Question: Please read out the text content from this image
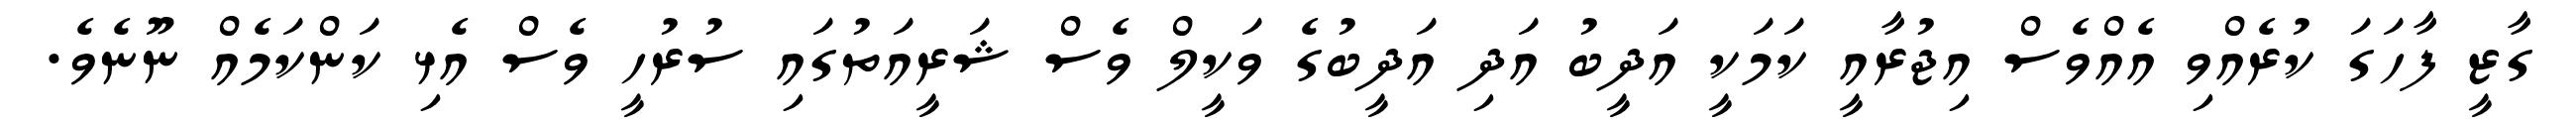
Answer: ގާޒީ ފާހަގަ ކުރެއްވި އެއްވެސް އިޖުރާއީ ކަމަކީ އަދީބު އަދި އަދީބުގެ ވަކީލް ވެސް ޝަރީއަތުގައި ސުރުހީ ވެސް އެޅި ކަންކަމެއް ނޫނެވެ.